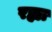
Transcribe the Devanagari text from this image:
रह्या